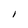
Character: I